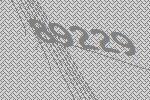
89229